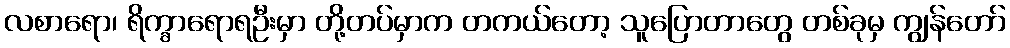
လစာရော၊ ရိက္ခာရောရဦးမှာ တို့တပ်မှာက တကယ်တော့ သူပြောတာတွေ တစ်ခုမှ ကျွန်တော်